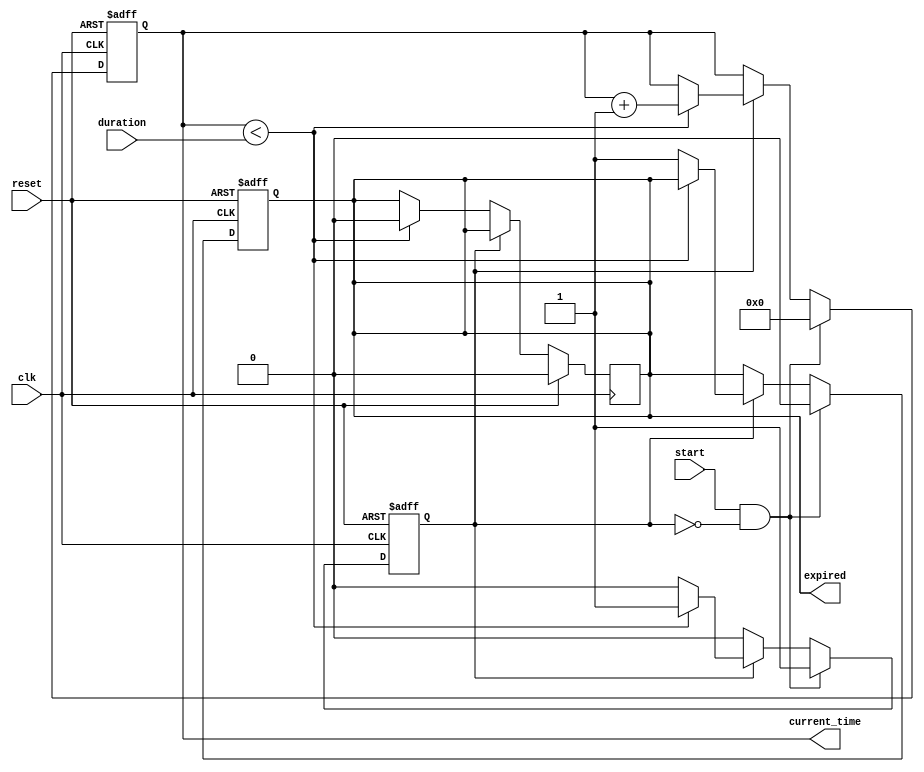
module TimerEventControl (
    input wire clk,          // Clock signal
    input wire reset,        // Reset signal
    input wire start,        // Start signal
    input wire [31:0] duration, // Time duration in clock cycles
    output reg expired,      // Timer expired signal
    output reg [31:0] current_time // Current time of the timer
);

    // State declaration
    reg counting; // Indicates if the timer is currently counting

    // Always block for timer behavior
    always @(posedge clk or posedge reset) begin
        if (reset) begin
            // Reset the timer
            current_time <= 32'b0;
            expired <= 1'b0;
            counting <= 1'b0;
        end else if (start && !counting) begin
            // Start counting if not already counting
            counting <= 1'b1;
            current_time <= 32'b0; // Initialize current time
            expired <= 1'b0;        // Reset expired signal
        end else if (counting) begin
            // Increment current time if counting
            if (current_time < duration) begin
                current_time <= current_time + 1;
            end else begin
                // Timer has expired
                expired <= 1'b1;
                counting <= 1'b0; // Stop counting after expiration
            end
        end
    end

    // Always block to keep expired signal active until reset
    always @(posedge clk) begin
        if (reset) begin
            expired <= 1'b0; // Reset expired signal
        end else if (counting) begin
            // Keep expired signal as is during counting
        end else if (current_time < duration) begin
            expired <= 1'b0; // Ensure expired is low if not expired
        end
    end

endmodule